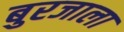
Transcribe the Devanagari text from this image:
बुरजाला